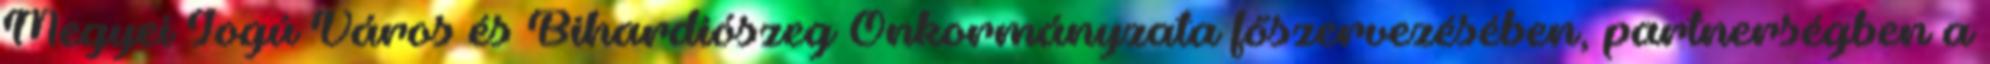
Megyei Jogú Város és Bihardiószeg Önkormányzata főszervezésében, partnerségben a